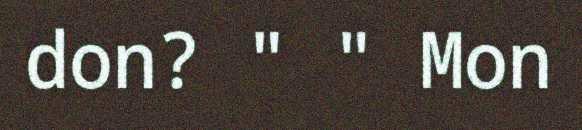
don? " " Mon